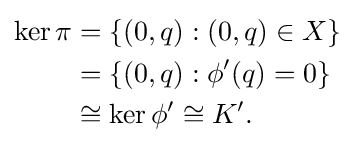
{\begin{aligned}\ker \pi &=\{(0,q):(0,q)\in X\}\\&=\{(0,q):\phi '(q)=0\}\\&\cong \ker \phi '\cong K'.\end{aligned}}